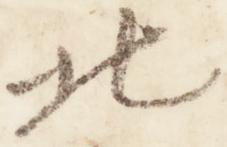
北